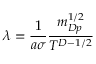
\lambda = \frac { 1 } { a \sigma } \frac { m _ { D p } ^ { 1 / 2 } } { T ^ { D - 1 / 2 } }